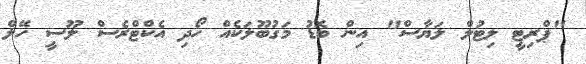
"ޕްރިޓީ ލިޓުލް ލަޔާސް" އިން ބޮޑު މަގުބޫލަކެއް ހޯދި އެކްޓްރެސް ލޫސީ ހޭލް